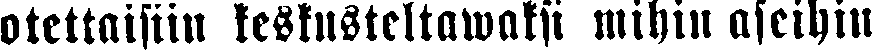
otettaisiin keskusteltawaksi mihin aseihin